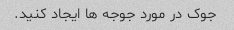
جوک در مورد جوجه ها ایجاد کنید.